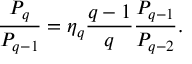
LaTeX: \frac { P _ { q } } { P _ { q - 1 } } = \eta _ { q } \frac { q - 1 } { q } \frac { P _ { q - 1 } } { P _ { q - 2 } } .